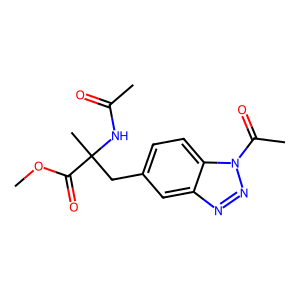
SMILES: COC(=O)C(C)(Cc1ccc2c(c1)nnn2C(C)=O)NC(C)=O
Inhibits HIV replication: No